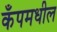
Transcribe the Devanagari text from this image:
कँपमधील